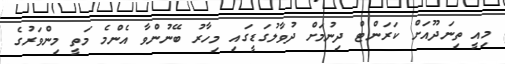
މިއީ ތިނަދޫއަށް ކަރަންޓް ދިނުމަށް ދުވާލުގަޑީގައި މިހާރު ބޭނުންވާ އެންމެ މަތީ މިންވަރުގެ